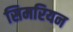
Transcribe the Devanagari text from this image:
सिमरियन